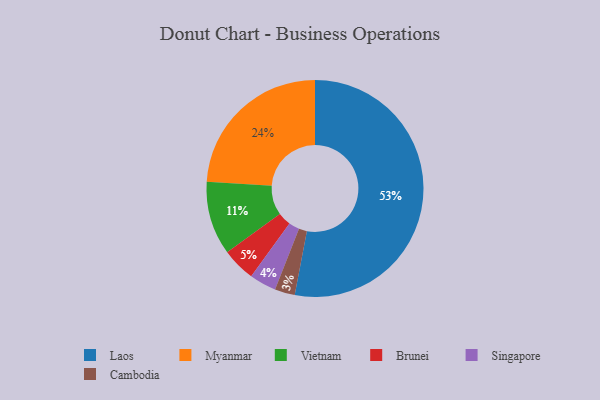
{"axis": {"x": "Category", "y": "Percentage"}, "legend": ["Brunei", "Cambodia", "Laos", "Myanmar", "Singapore", "Vietnam"], "data": [{"x": "Laos", "y": 53, "type": "Laos"}, {"x": "Myanmar", "y": 24, "type": "Myanmar"}, {"x": "Cambodia", "y": 3, "type": "Cambodia"}, {"x": "Brunei", "y": 5, "type": "Brunei"}, {"x": "Vietnam", "y": 11, "type": "Vietnam"}, {"x": "Singapore", "y": 4, "type": "Singapore"}]}